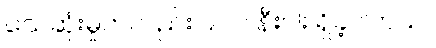
သေဆုံးမှုကလည်း ၉၀၀ နီးပါး ရှိခဲ့ပါတယ်။